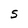
Character: S